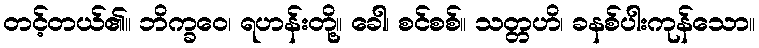
တင့်တယ်၏။ ဘိက္ခဝေ၊ ရဟန်းတို့။ ခေါ၊ စင်စစ်။ သတ္တဟိ၊ ခနစ်ပါးကုန်သော။